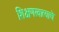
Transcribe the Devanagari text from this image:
शिक्षणखात्याचे